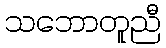
သဘောတူညီ